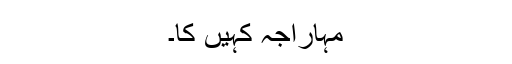
مہاراجہ کہیں کا۔